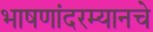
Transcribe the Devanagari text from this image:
भाषणांदरम्यानचे